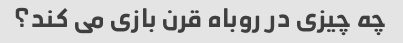
چه چیزی در روباه قرن بازی می کند؟